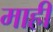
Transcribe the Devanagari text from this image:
माहीं